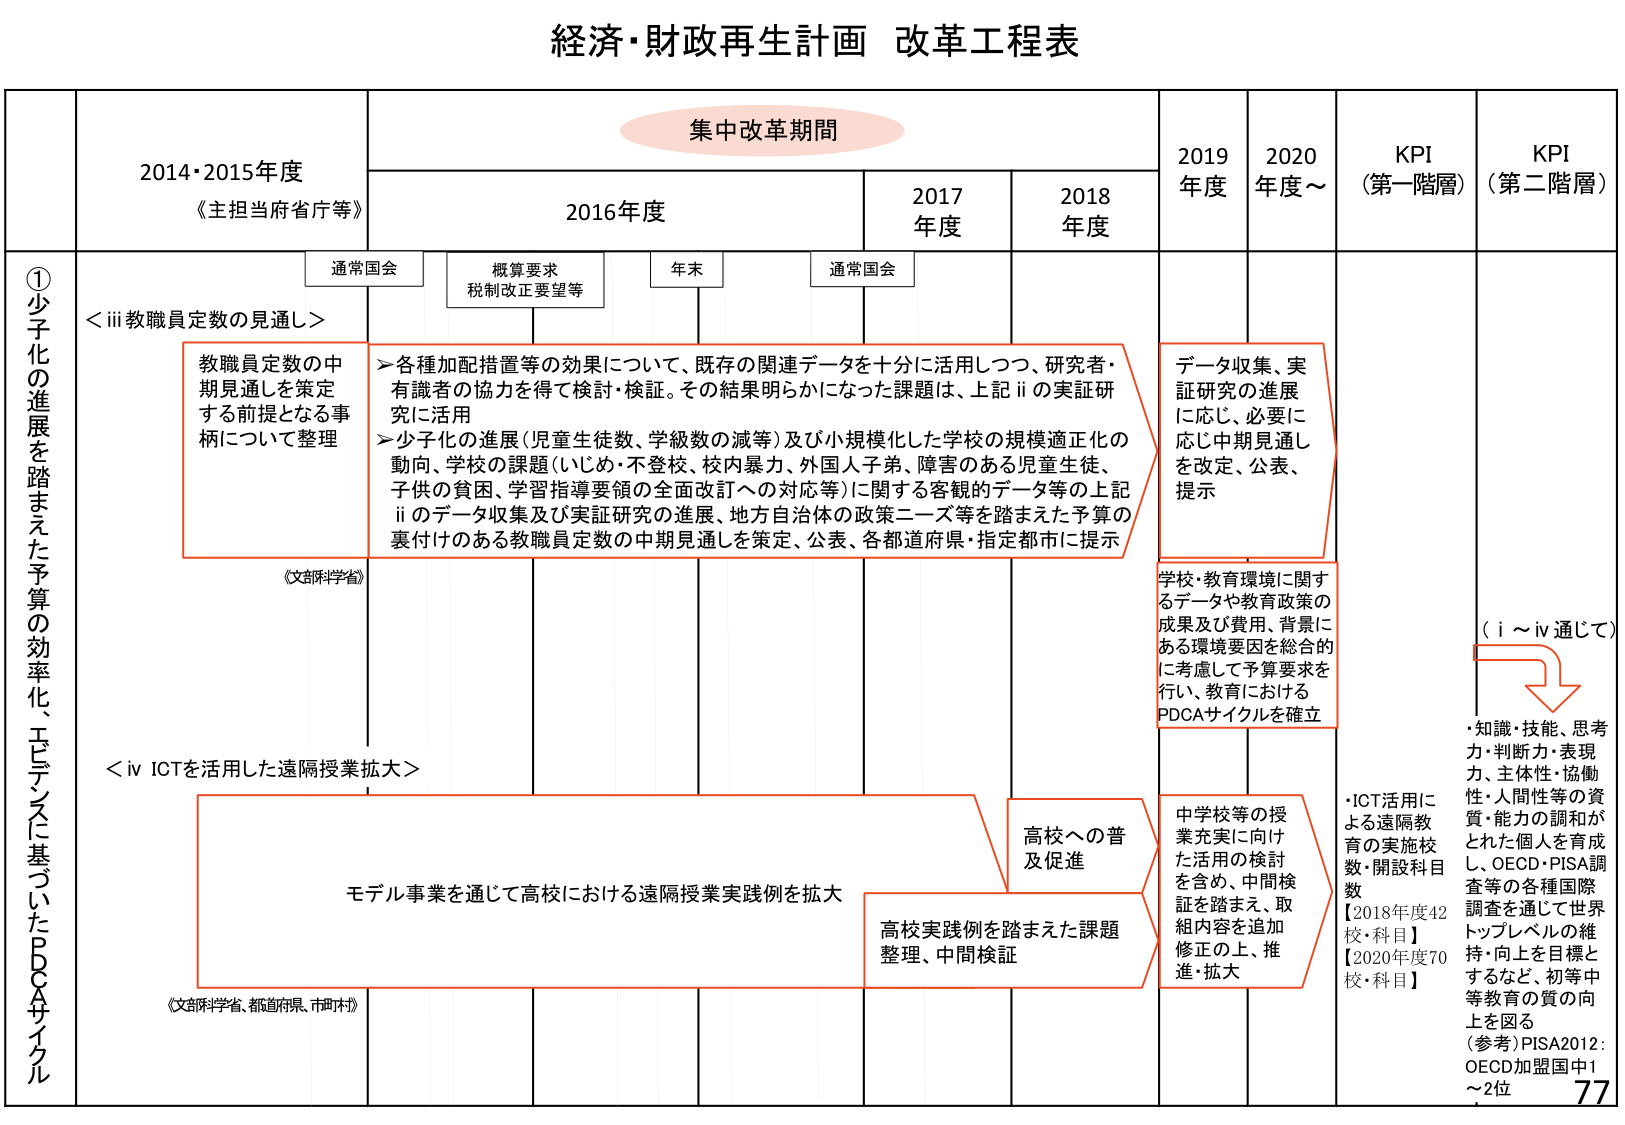
経済・財政再生計画 改革工程表

集中改革期間

2014・2015年度
《主担当府省庁等》

2016年度

2017年度

2018年度

2019年度

2020年度～

KPI
（第一階層）

KPI
（第二階層）

通常国会

概算要求
税制改正要望等

年末

通常国会

①少子化の進展を踏まえた予算の効率化、エビデンスに基づいたPDCAサイクル

＜iii 教職員定数の見通し＞

教職員定数の中
期見通しを策定
する前提となる事
柄について整理

＞各種加配措置等の効果について、既存の関連データを十分に活用しつつ、研究者・
有識者の協力を得て検討・検証。その結果明らかになった課題は、上記iiの実証研
究に活用
＞少子化の進展（児童生徒数、学級数の減等）及び小規模化した学校の規模適正化の
動向、学校の課題（いじめ・不登校、校内暴力、外国人子弟、障害のある児童生徒、
子供の貧困、学習指導要領の全面改訂への対応等）に関する客観的データ等の上記
iiのデータ収集及び実証研究の進展、地方自治体の政策ニーズ等を踏まえた予算の
裏付けのある教職員定数の中期見通しを策定、公表、各都道府県・指定都市に提示

データ収集、実
証研究の進展
に応じ、必要に
応じ中期見通し
を改定、公表、
提示

（文部科学省）

学校・教育環境に関する
データや教育政策の
成果及び費用、背景に
ある環境要因を総合的
に考慮して予算要求を
行い、教育における
PDCAサイクルを確立

（i ～ iv通じて）

・知識・技能、思考
力・判断力・表現
力、主体性・協働
性・人間性等の資
質・能力の調和が
とれた個人を育成
し、OECD・PISA調
査等の各種国際
調査を通じて世界
トップレベルの維
持・向上を目標と
するなど、初等中
等教育の質の向
上を図る
（参考）PISA2012：
OECD加盟国中1
～2位

＜iv ICTを活用した遠隔授業拡大＞

モデル事業を通じて高校における遠隔授業実践例を拡大

高校への普
及促進

高校実践例を踏まえた課題
整理、中間検証

中学校等の授
業充実に向け
た活用の検討
を含め、中間検
証を踏まえ、取
組内容を追加
修正の上、推
進・拡大

・ICT活用に
よる遠隔教
育の実施校
数・開設科目
数
【2018年度42
校・科目】
【2020年度70
校・科目】

（文部科学省、都道府県、市町村）

77